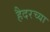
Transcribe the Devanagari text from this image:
हैदरच्या